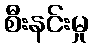
စီးနင်းမှု